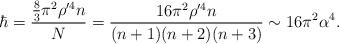
LaTeX: \begin{align*}\hbar=\frac{\frac{8}{3}\pi^{2}\rho^{\prime 4} n}{N}=\frac{16\pi^{2}\rho^{\prime 4}n}{(n+1)(n+2)(n+3)}\sim 16\pi^{2}\alpha^{4}.\end{align*}